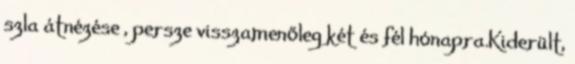
szla átnézése , persze visszamenőleg két és fél hónapra.Kiderült,